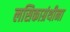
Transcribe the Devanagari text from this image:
लसिकाग्रंथीना